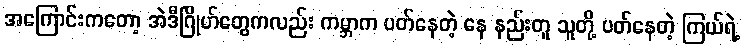
အကြောင်းကတော့ အဲဒီဂြိုဟ်တွေကလည်း ကမ္ဘာက ပတ်နေတဲ့ နေ နည်းတူ သူတို့ ပတ်နေတဲ့ ကြယ်ရဲ့